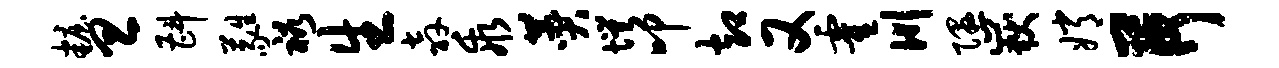
妆旦斟蕤裕生奔乖赞愕叩却又霍川隰岳嫦荷